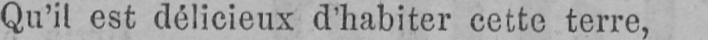
Qu’il est délicieux d’habiter cette terre,